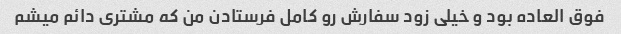
فوق العاده بود و خیلی زود سفارش رو کامل فرستادن من که مشتری دائم میشم